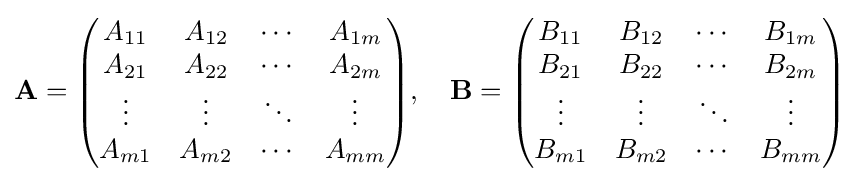
\mathbf {A} ={\begin{pmatrix}A_{11}&A_{12}&\cdots &A_{1m}\\A_{21}&A_{22}&\cdots &A_{2m}\\\vdots &\vdots &\ddots &\vdots \\A_{m1}&A_{m2}&\cdots &A_{mm}\\\end{pmatrix}},\quad \mathbf {B} ={\begin{pmatrix}B_{11}&B_{12}&\cdots &B_{1m}\\B_{21}&B_{22}&\cdots &B_{2m}\\\vdots &\vdots &\ddots &\vdots \\B_{m1}&B_{m2}&\cdots &B_{mm}\\\end{pmatrix}}